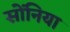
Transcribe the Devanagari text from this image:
सोंनिया